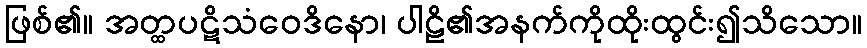
ဖြစ်၏။ အတ္ထပဋိသံဝေဒိနော၊ ပါဠိ၏အနက်ကိုထိုးထွင်း၍သိသော။